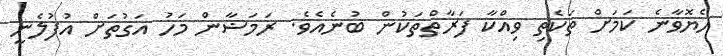
ހެޔޮވާނެ ކަމަށް ތަކެތި ވިއްކާ ފަރާތްތަކުން ބުނެއެވެ. ރަމަޟާން މަހު އަގުތަށް އުފުލެނީ